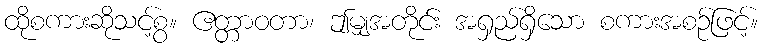
ထိုစကားဆိုသင့်စွ။ ဧတ္တာဝတာ၊ ဤမျှအတိုင်း အရှည်ရှိသော စကားအစဉ်ဖြင့်။